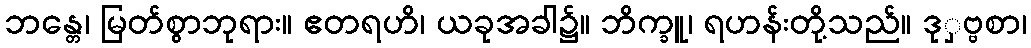
ဘန္တေ၊ မြတ်စွာဘုရား။ ဧတရဟိ၊ ယခုအခါ၌။ ဘိက္ခူ၊ ရဟန်းတို့သည်။ ဒုှဗ္ဗစာ၊